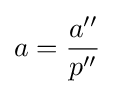
a={\frac {a''}{p''}}